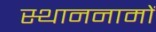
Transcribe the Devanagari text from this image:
स्थाननामों